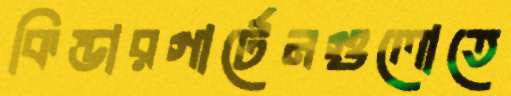
কিন্ডারগার্টেনগুলোতে